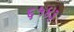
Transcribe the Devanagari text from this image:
६५४३